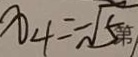
x _ { 4 } = - \sqrt { 5 }